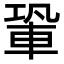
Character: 䡗